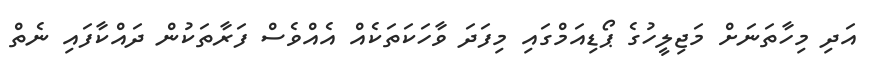
އަދި މިހާތަނަށް މަޖިލީހުގެ ޕޯޑިއަމްގައި މިފަދަ ވާހަކަތަކެއް އެއްވެސް ފަރާތަކުން ދައްކާފައި ނެތް